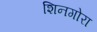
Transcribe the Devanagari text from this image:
शिनगोरा